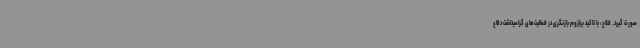
صورت گیرد. فلاح، با تاکید برلزوم بازنگری در فعالیت‌های گرامیداشت دفاع